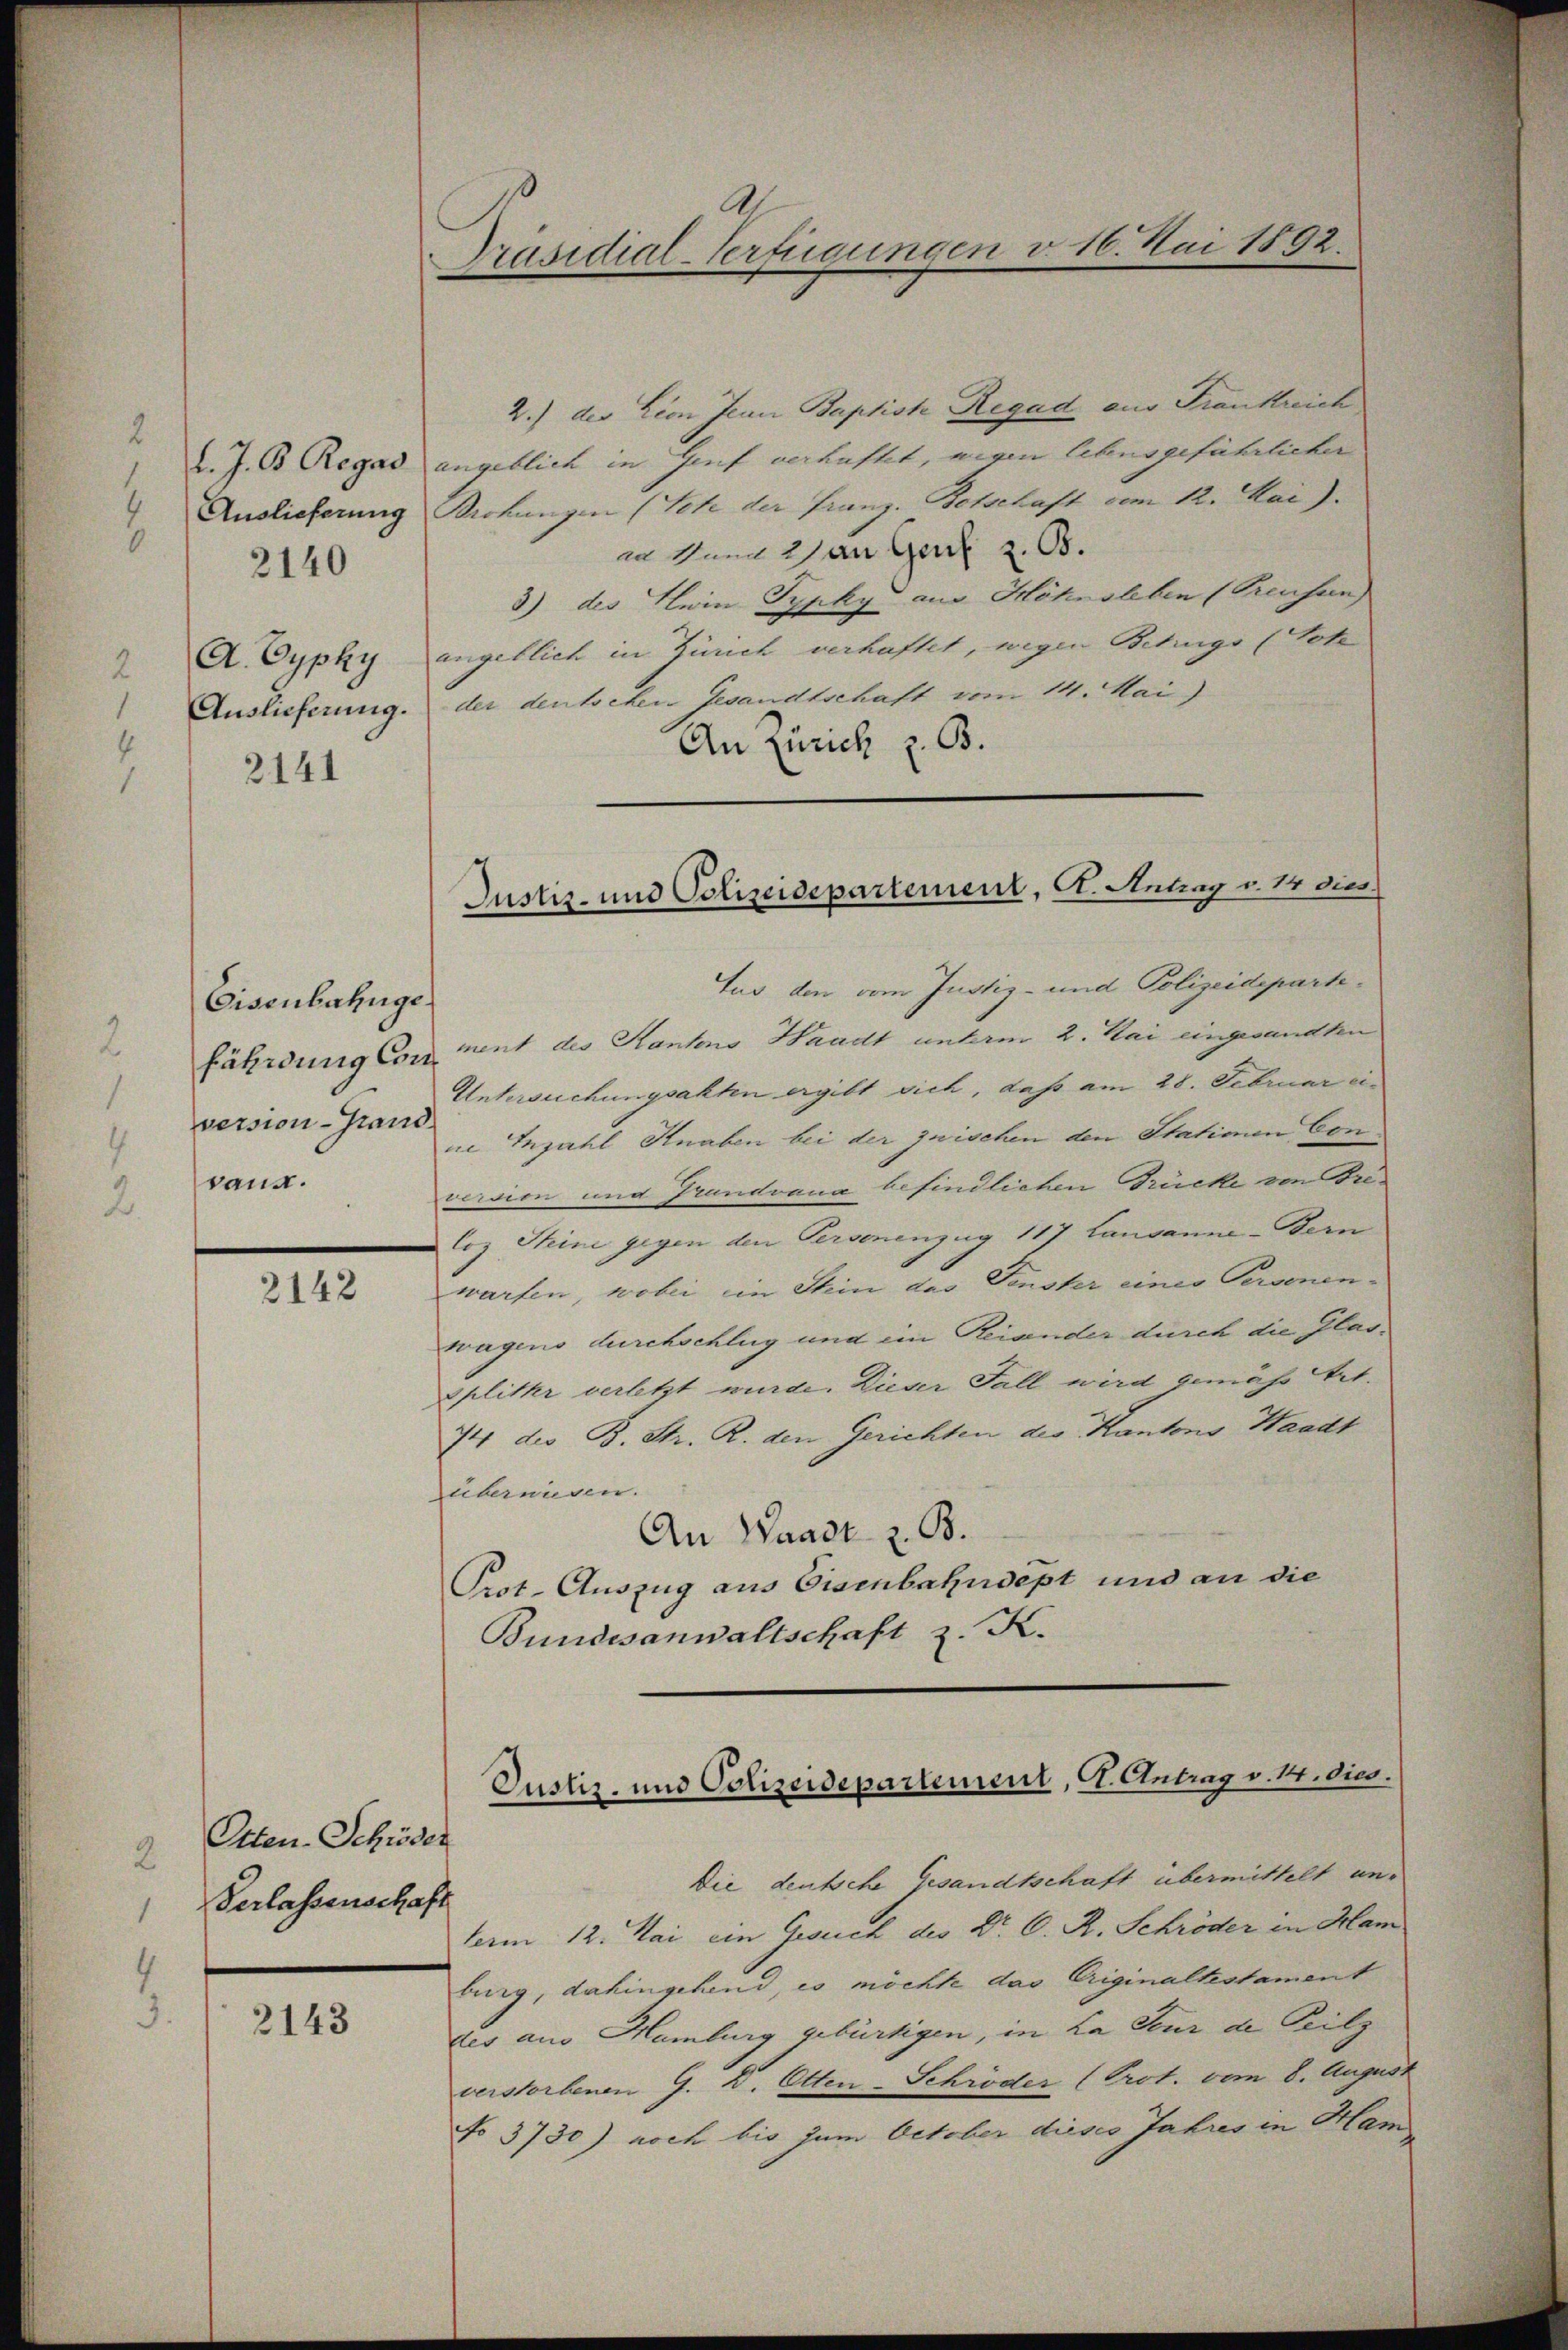
l. J. B. Regas
Auslieferung
A. Cyphy
Auslieferung.
2141

2140

Eisenbahnge
version-Grand.
vang.

2142

Otten-Schröder
Verlassenschaft

2143

Präsidial-Verfügungen v. 16. Mai 1892.

2.) der Lion Jean Baptist Regad aus Frankreich
angeblich in Genf verhaftet, mein lebensgeführlicher
Brohungen (Sehr der Franz-Botschaft vom 12. Mai).
an und 2 an Genf z. B.
3) des Klein Typky aus Höhnsleben (Preusen)
angeblich in Zürich verhaftet, wegen Betrugs (Note
der deutschen Gesandtschaft vom 14. Mai)
An Zürich z. B.
tus den vom Justiz- und Polizeidepartefährdung Convent des Kanns Waadt unterm 2. Mai eingesandten
Untersuchungsakten ergibt sich, daß am 28. Februar eine Inzahl Knaben bei der zwischen den Stationen Con
versien und Grandrana befindlichen Brücke von Bre¬
Coz Steine gegen den Personenzug 117 Lausanne-Bern
warfen, wobei ein Stein des Fenster eines Personen-
wagens durchschlug und ein Reiander durch die Glas-
splitter verletzt wurde. Dieser Fall wird gemäss Art.
74 der B. Str. R. den Gerichten des Kantons Waadt
überwiesen.
An Waadt z. B.
Prot. Auszug aus Eisenbahndept und an die
Bundesanwaltschaft z. K.

Justiz- und Polizeidepartement, A. Antrag v. 14 dies

Justiz- und Polizeidepartement, A. Antrag v. M. dies.

Die deutsche Gesandtschaft übermittelt unterm 12. Mai ein Gesuch des Dr. C. R. Schröder in Ham
burg, dahingehend, es möchte das Originaltestament
des aus Hamburg gebürtigen, in La Feur de Teilz
verstorbenen G. B. Otten-Schröder (Prot. vom 8. August
No 3730) noch bis zum October dieses Jahres in Ham